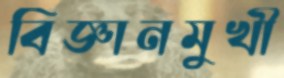
বিজ্ঞানমুখী